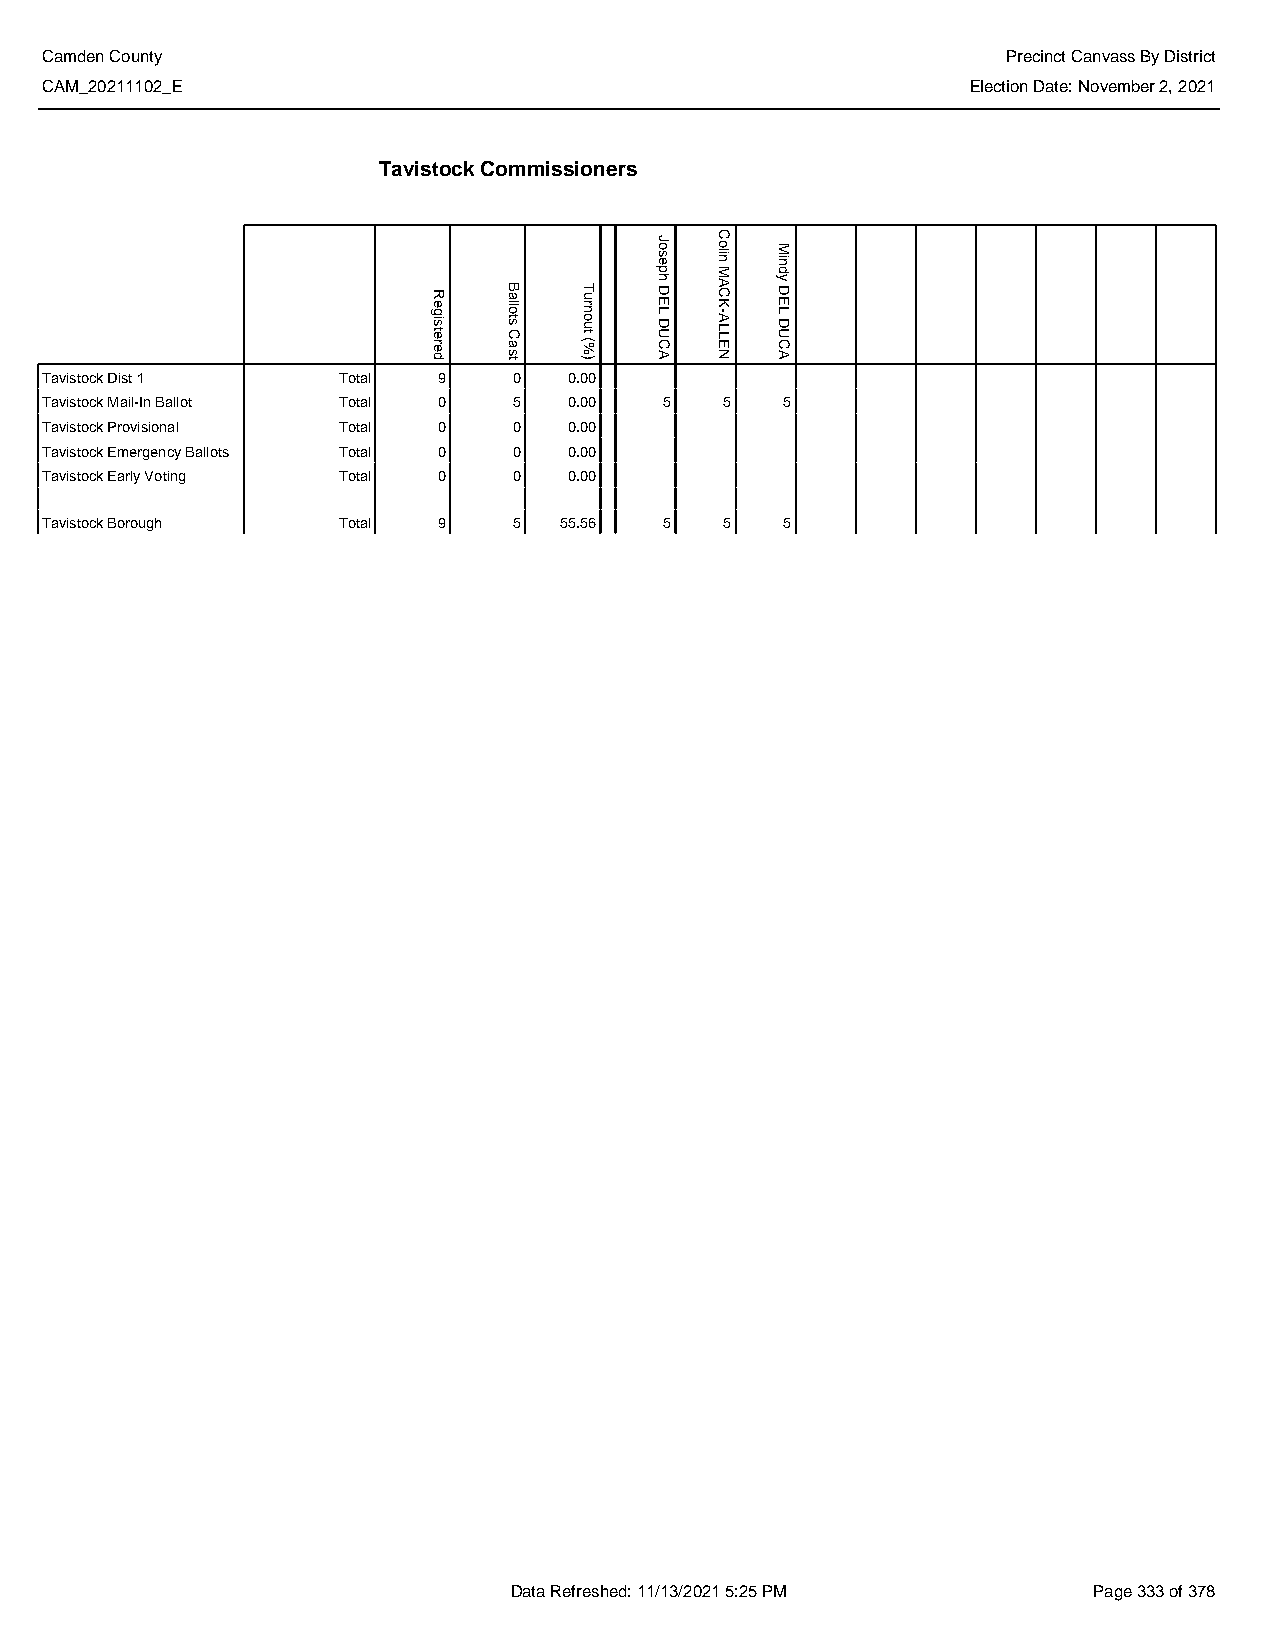
Camden County                                                   Precinct Canvass By District
 CAM_20211102_E                                               Election Date: November 2, 2021
 Tavistock Commissioners
 Tavistock Dist 1   Total  9    0   0.00
 Tavistock Mail-In Ballot Total 0 5 0.00  5   5   5
 Tavistock Provisional Total 0  0   0.00
 Tavistock Emergency Ballots Total 0 0 0.00
 Tavistock Early Voting Total 0 0   0.00
 Tavistock Borough  Total  9    5  55.56  5   5   5
 Data Refreshed: 11/13/2021 5:25 PM    Page 333 of 378
 Registered Ballots
 Cast
 Turnout
 (%)
 Joseph
 DEL
 DUCA
 Colin
 MACK-ALLEN
 Mindy
 DEL
 DUCA